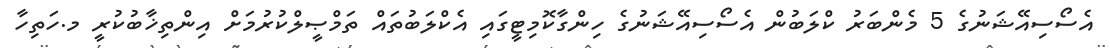
އެސޯސިއޭޝަނުގެ 5 މެންބަރު ކްލަބުން އެސޯސިއޭޝަނުގެ ހިންގާކޮމިޓީގައި އެކްލަބުތައް ތަމްޞީލްކުރުމަށް އިންތިޚާބުކުރީ މ.ހަތިހާ